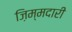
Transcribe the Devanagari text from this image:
ज़िम्मदारी